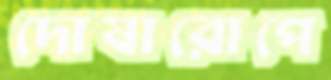
দোষারোপে